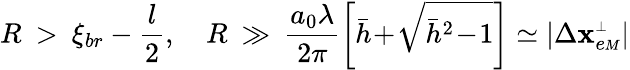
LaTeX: R\: >\: \xi_{br}-\frac l2,\quad R\: \gg\: \frac{a_{0}\lambda}{2\pi}\left[\bar{h}\! +\! \sqrt{\bar{h}^{2}\! -\! 1}\right]\simeq|\Delta{\mathbf x}_{e{\scriptscriptstyle M}}^{{\scriptscriptstyle\perp}}|